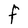
Character: F